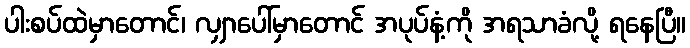
ပါးစပ်ထဲမှာတောင်၊ လျှာပေါ်မှာတောင် အပုပ်နံ့ကို အရသာခံလို့ ရနေပြီ။